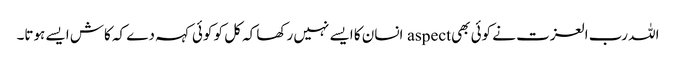
اللہ رب العزت نے کوئی بھی aspect انسان کا ایسے نہیں رکھا کہ کل کو کوئی کہہ دے کہ کاش ایسے ہوتا۔